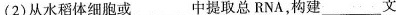
(2)从水稻体细胞或___中提取总RNA，构建___文